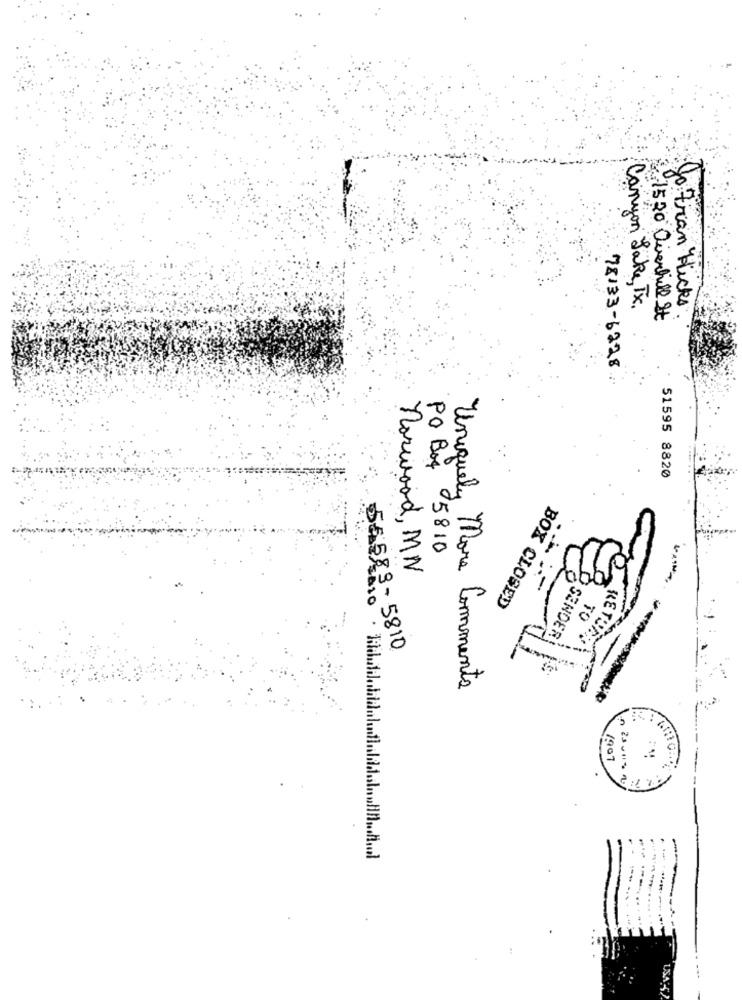
Canyon Lake, Tx.
Jo Fran Hicks
1520 Overhill It
78.33-6228
51595 8820
PO Box 5810
norwood, MN
-
BOX CLOSED
TO
56589-5810
SENDER
-
Uniquely More Comments
/907
.